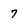
Character: 7